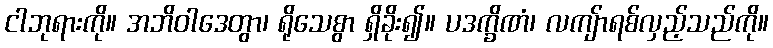
ငါဘုရားကို။ အဘိဝါဒေတွာ၊ ရိုသေစွာ ရှိခိုး၍။ ပဒက္ခိဏံ၊ လကျ်ာရစ်လှည့်သည်ကို။